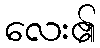
လေး၏